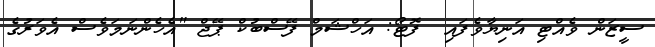
ސީޒަން ވެއްޓި އަނިޔާވެފައި  ފޮޓޯ: އަހްޝަމް ފޭސްބުކް ޕޭޖް "އެހެންނަމަވެސް އެވަރުގެ